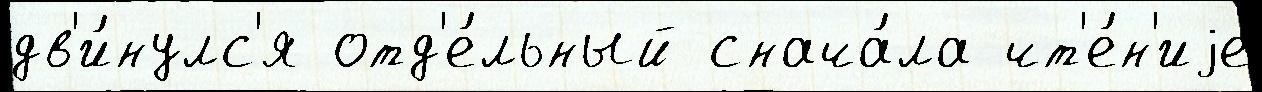
дв'и́нулс'я отд'е́льный снача́ла чт'е́н'иjе